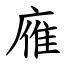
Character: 䧹